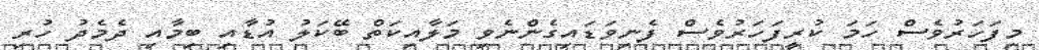
މިފަހަރުވެސް ހަމަ ކުރީފަހަރުވެސް ފެނިވަޑައިގެންނެވި މަލާއިކަތް ބޭކަލު އުޑާއި ބިމާއި ދެމެދު ހުރި